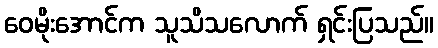
ဝေမိုးအောင်က သူသိသလောက် ရှင်းပြသည်။